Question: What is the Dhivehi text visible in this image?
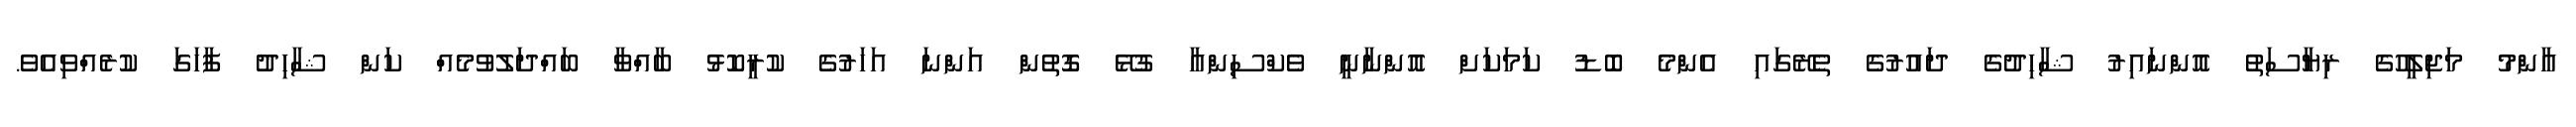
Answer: އާންމު މަޖިލީހުގެ ރިޔާސަތު އޮންނައިރު ޝާހިދުގެ ދައުރުގެ ތެރޭގައި އެންމެ ބޮޑު ކަމަކަށް އޮންނާނީ ވެކްސިންއާ ގުޅޭ ގޮތުން އަންނަ އަހަރުގެ ކުރީކޮޅު ބާއްވާ ބައްދަލުވުމެއް ކަން ޝާހިދު ފާހަގަ ކުރެއްވިއެވެ.